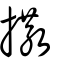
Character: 撒